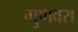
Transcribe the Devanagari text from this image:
गुणवरा